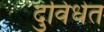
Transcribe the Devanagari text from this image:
दुविधेत